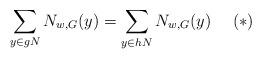
LaTeX: \begin{align*}\sum_{y\in gN}N_{w,G}(y)=\sum_{y\in hN}N_{w,G}(y)\ \ \ \ (*)\end{align*}